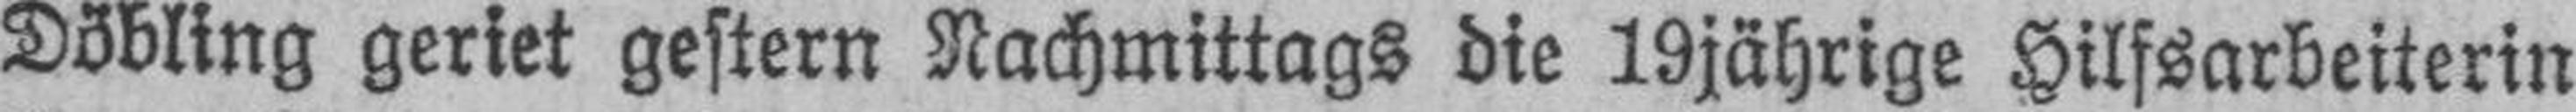
Döbling geriet gestern Nachmittags die 19jährige Hilfsarbeiterin